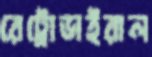
রেট্রোভাইরাল